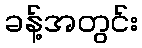
ခန့်အတွင်း